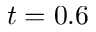
t = 0 . 6